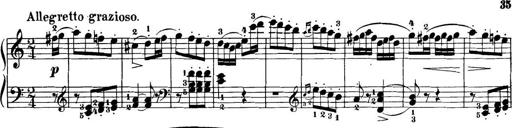
Title: 32 Sonatinas and Rondos for the Piano
Composer: Richard Kleinmichel